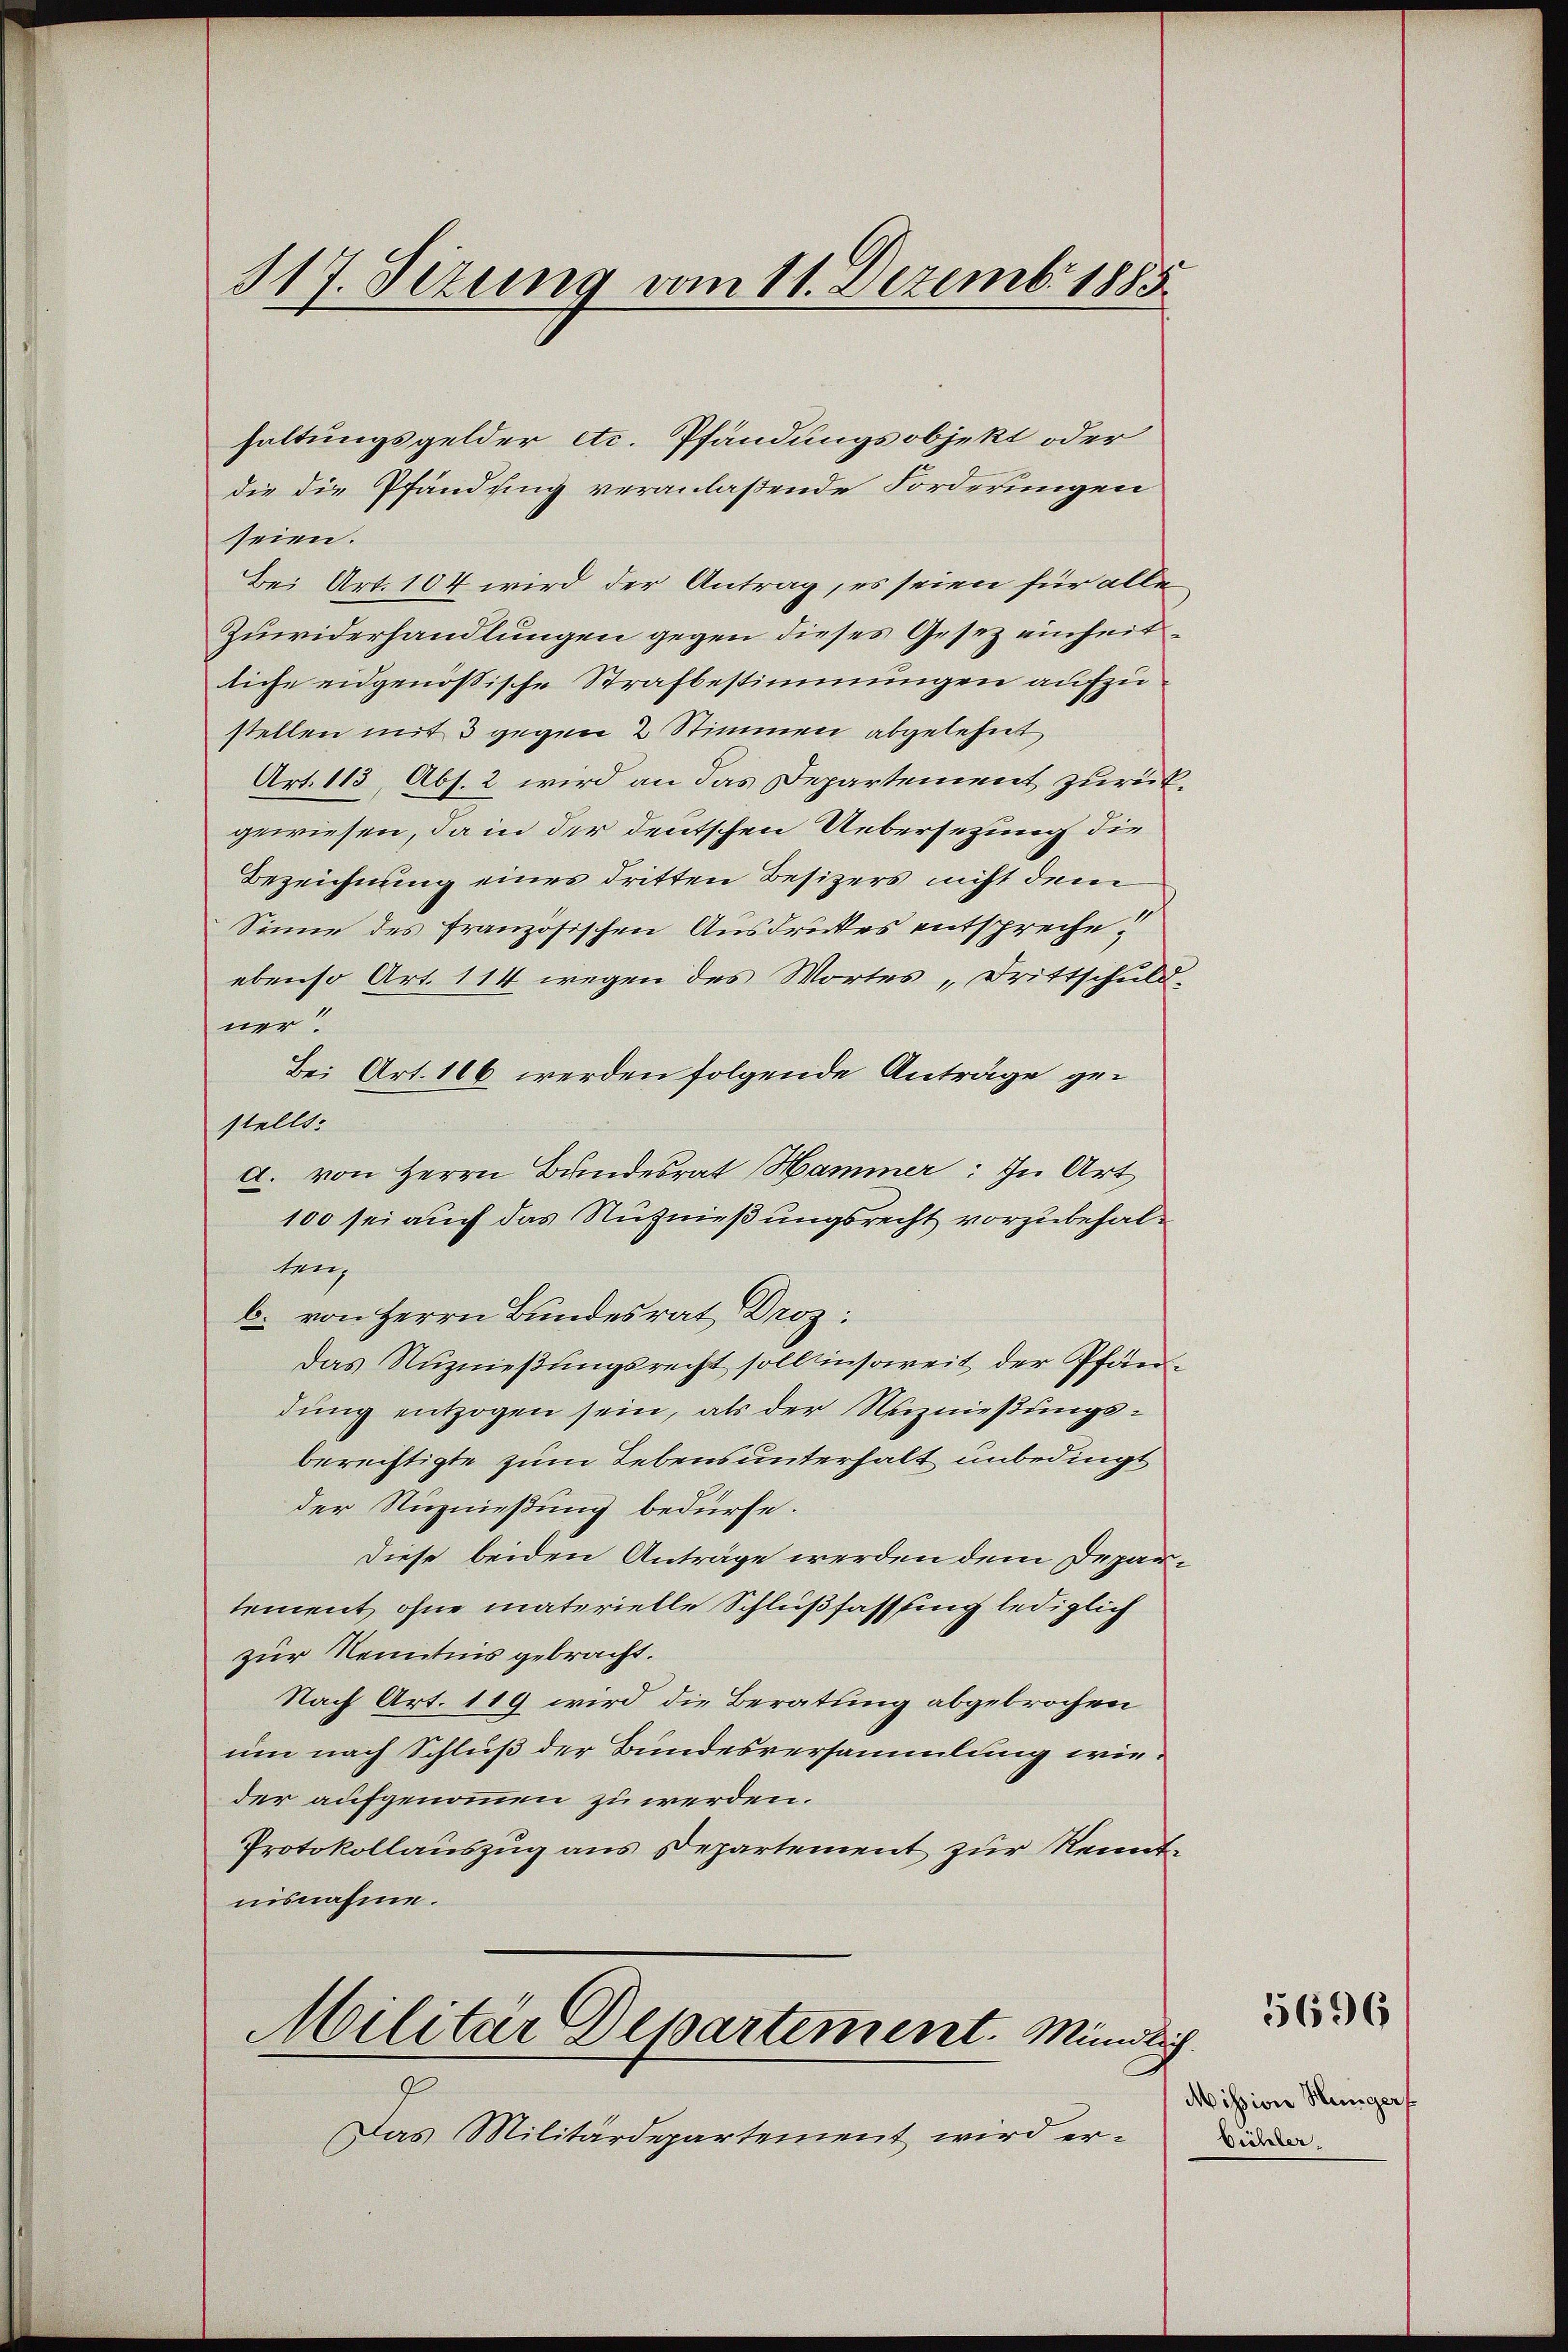
haltungsgelder etc. Pfändungsobjekt oder
die die Pfändung veranlaßende Forderungen
seien.
Bei Art. 104 wird der Antrag, es seien für alle
Zuwiderhandlungen gegen dieses Gesetz einheitliche eidgenössische Strafbestimmungen aufzustellen mit 3 gegen 2 Stimmen abgelehnt
Art. 113, Abs. 2 wird an das Departement zurück
gewiesen, da in der deutschen Uebersezung die
Bezeichnung eines dritten Besizers nicht dem
Sinne des französischen Ausdruckes entspreche
ebenso Art. 114 wegen des Wortes „Drittschuld.
ner.
Bei Art. 166 werden folgende Anträge gestellt:
a. von Herrn Bundesrat Hammer: In Art
100 sei auch das Nuznießungsrecht vorzubehaltenz
b. von Herrn Bundesrat Droz:
Das Nuznießungsrecht soll insoweit der Pfändung entzogen sein, als der Nutznießungsberechtigte zum Lebens unterhalt unbedingt
der Nutznießung bedürfe.
Diese beiden Anträge werden dem Depar
lement, ohne materielle Schlußfassung lediglich
zur Kenntnis gebracht.
Nach Art. 119 wird die Beratung abgebrochen
um nach Schluß der Bundesversammlung wieder aufgenommen zu werden.
Protokollauszug aus Departement zur Kenntnisnahme.
Militär Departement. Mündlich
Das Militärdepartement wird er¬

317. Sezung vom 11. Dezemb. 1885

Mission Hungers
Bühler.

5696